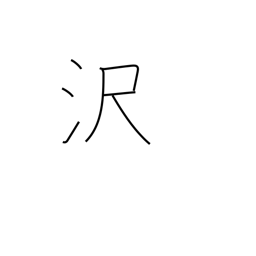
Meaning: brilliance